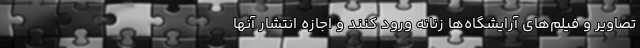
تصاویر و فیلم‌های آرایشگاه‌ها زنانه ورود کنند و اجازه انتشار آنها